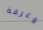
وغرفة